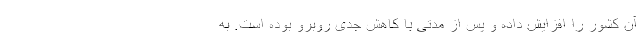
آن کشور را افزایش داده و پس از مدتی با کاهش جدی روبرو بوده است. به